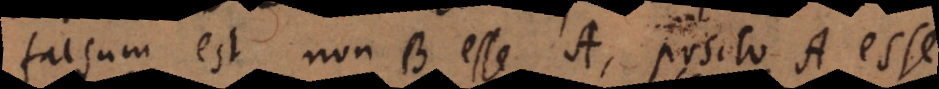
falsum est non B esse A, posito A esse